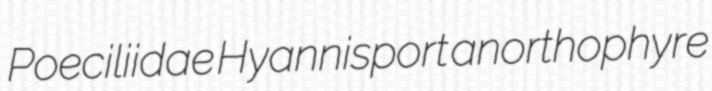
Poeciliidae Hyannisport anorthophyre